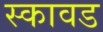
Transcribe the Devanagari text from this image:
स्कावड